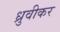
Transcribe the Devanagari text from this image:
ध्रुवीकर